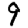
Digit: 9